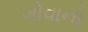
ગોવાનો